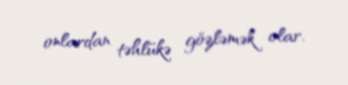
onlardan təhlükə gözləmək olar.